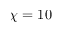
\chi = 1 0